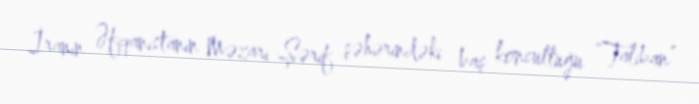
İranın Əfqanıstanın Məzari-Şərif şəhərindəki baş konsulluğu “Taliban”